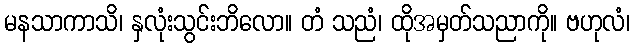
မနသာကာသိ၊ နှလုံးသွင်းဘိလော။ တံ သညံ၊ ထိုအမှတ်သညာကို။ ဗဟုလံ၊